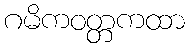
ဂမိကဝတ္တကထာ